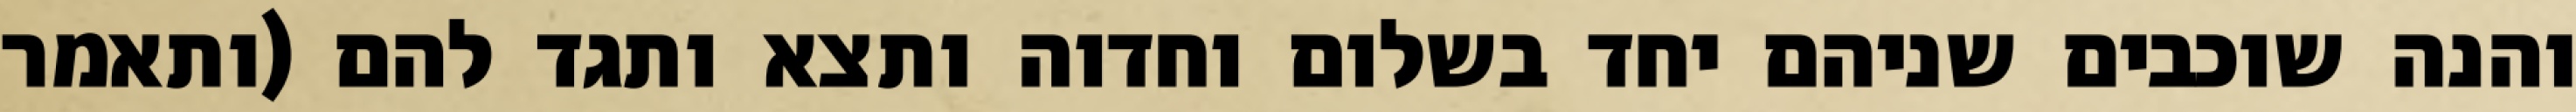
והנה שוכבים שניהם יחד בשלום וחדוה ותצא ותגד להם (ותאמר